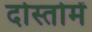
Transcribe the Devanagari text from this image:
दोस्तोमें